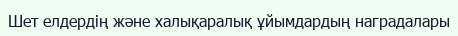
Шет елдердің және халықаралық ұйымдардың наградалары